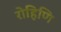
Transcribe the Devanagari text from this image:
रोहिणि